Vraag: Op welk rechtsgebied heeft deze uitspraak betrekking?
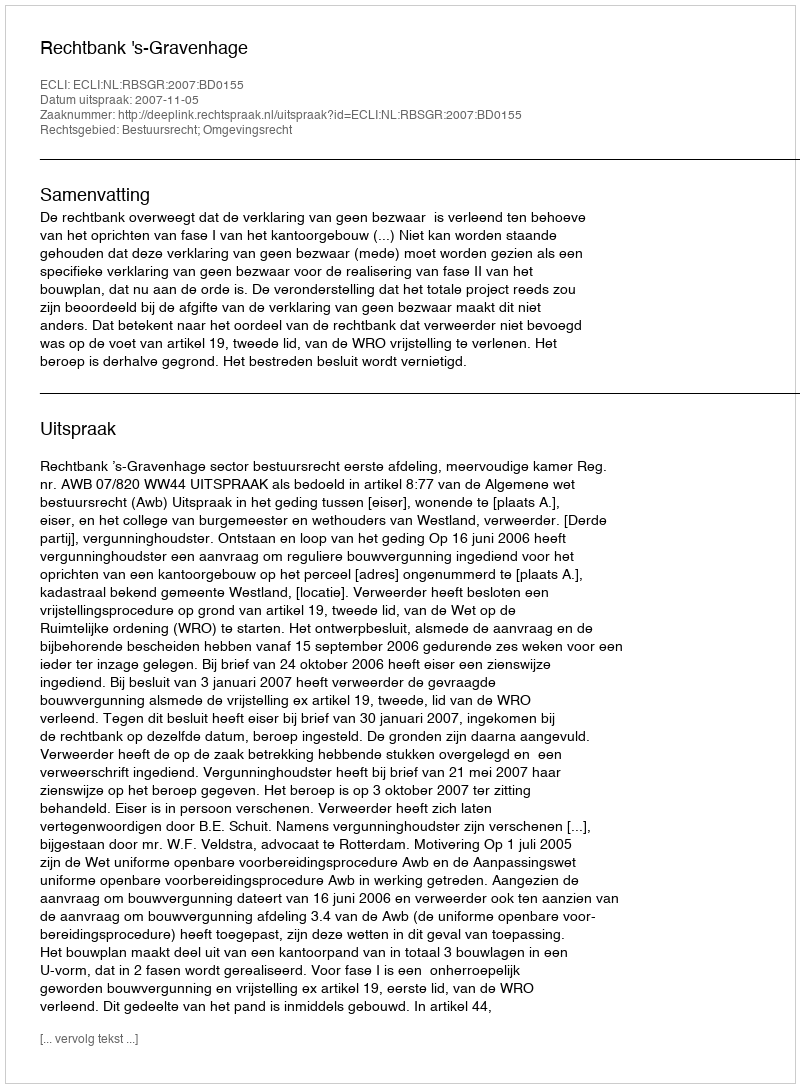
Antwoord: Bestuursrecht; Omgevingsrecht